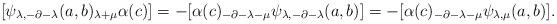
LaTeX: \begin{align*}[\psi_{\lambda,-\partial-\lambda}(a,b)_{\lambda+\mu}\alpha(c)]=-[\alpha(c)_{-\partial-\lambda-\mu}\psi_{\lambda,-\partial-\lambda}(a,b)]=-[\alpha(c)_{-\partial-\lambda-\mu}\psi_{\lambda,\mu}(a,b)].\end{align*}